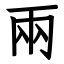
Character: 兩